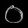
Digit: ၀